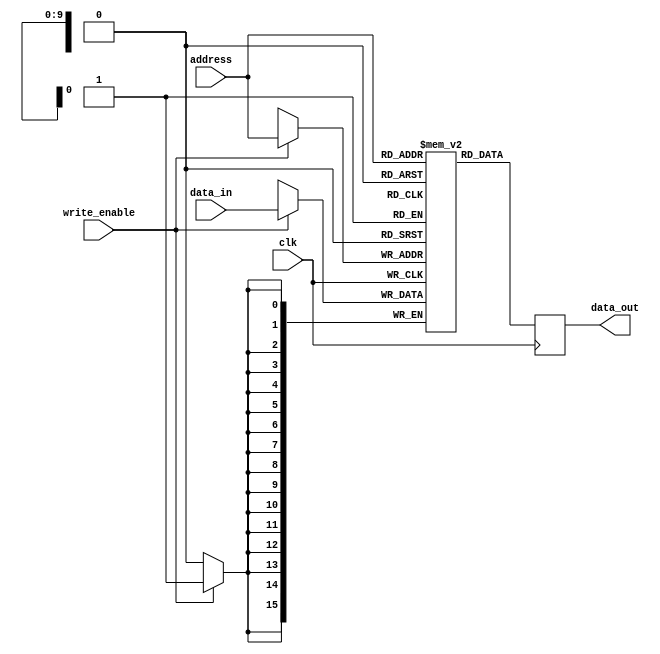
module MemoryBlock (
    input wire clk,
    input wire [ADDRESS_WIDTH-1:0] address,
    input wire write_enable,
    input wire [DATA_WIDTH-1:0] data_in,
    output reg [DATA_WIDTH-1:0] data_out
);

parameter ADDRESS_WIDTH = 10;
parameter DATA_WIDTH = 16;

reg [DATA_WIDTH-1:0] memory [0:2**ADDRESS_WIDTH-1];

always @(posedge clk) begin
    if (write_enable) begin
        memory[address] <= data_in;
    end
    data_out <= memory[address];
end

endmodule